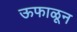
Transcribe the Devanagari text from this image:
ऊफाळून